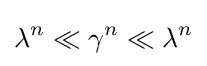
\lambda ^{n}\ll \gamma ^{n}\ll \lambda ^{n}